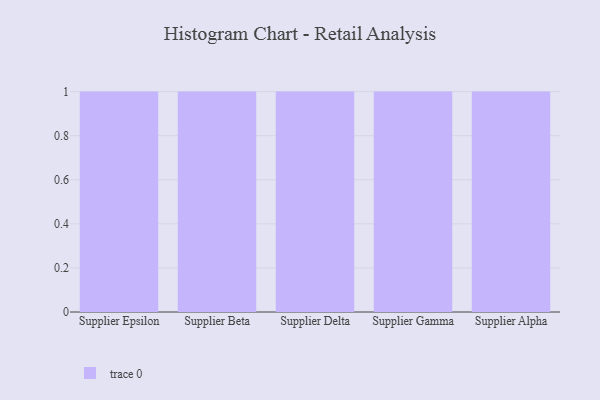
{"axis": {"x": "Supplier", "y": "Revenue (USD Million)"}, "legend": [""], "data": [{"x": "Supplier Epsilon", "y": 52, "type": ""}, {"x": "Supplier Beta", "y": 48, "type": ""}, {"x": "Supplier Delta", "y": 28, "type": ""}, {"x": "Supplier Gamma", "y": 61, "type": ""}, {"x": "Supplier Alpha", "y": 70, "type": ""}]}